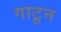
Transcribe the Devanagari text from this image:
गाटून